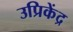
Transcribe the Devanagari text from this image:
उप्रिकेंद्र